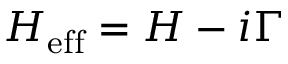
H _ { \mathrm { e f f } } = H - i \Gamma